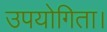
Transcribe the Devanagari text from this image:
उपयोगिता।